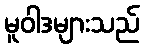
မူဝါဒများသည်